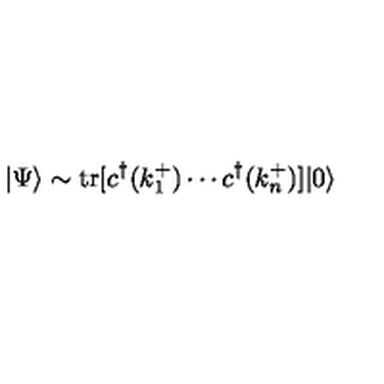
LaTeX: | \Psi \rangle \sim \mathrm { t r } [ c ^ { \dagger } ( k _ { 1 } ^ { + } ) \cdots c ^ { \dagger } ( k _ { n } ^ { + } ) ] | 0 \rangle